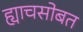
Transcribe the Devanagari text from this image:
ह्याचसोबत